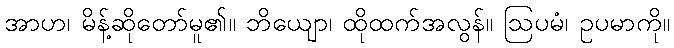
အာဟ၊ မိန့်ဆိုတော်မူ၏။ ဘိယျော၊ ထိုထက်အလွန်။ ဩပမံ၊ ဥပမာကို။